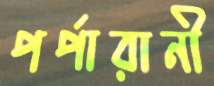
পর্পারানী